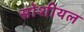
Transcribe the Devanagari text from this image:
सोशीयल